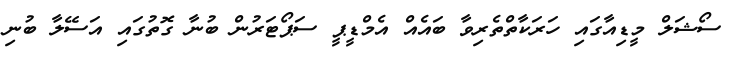
ސޯޝަލް މީޑިއާގައި ހަރަކާތްތެރިވާ ބައެއް އެމްޑީޕީ ސަޕޯޓަރުން ބުނާ ގޮތުގައި އަސޭލާ ބުނި